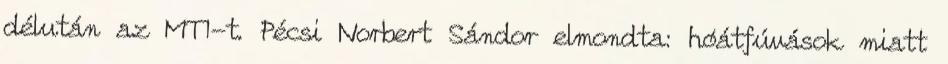
délután az MTI-t. Pécsi Norbert Sándor elmondta: hóátfúvások miatt